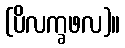
(ပိလက္ခဖလ)။